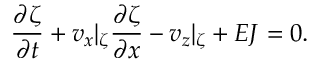
\frac { \partial \zeta } { \partial t } + v _ { x } \vert _ { \zeta } \frac { \partial \zeta } { \partial x } - v _ { z } \vert _ { \zeta } + E J = 0 .